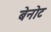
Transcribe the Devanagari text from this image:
बेनोट